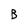
Character: B